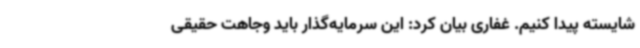
شایسته پیدا کنیم. غفاری بیان کرد: این سرمایه‌گذار باید وجاهت حقیقی